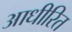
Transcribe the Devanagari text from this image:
आधीरित